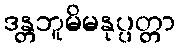
ဒန္တဘူမိမနုပ္ပတ္တာ